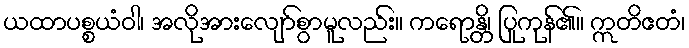
ယထာပစ္စယံဝါ၊ အလိုအားလျော်စွာမူလည်း။ ကရောန္တိ၊ ပြုကုန်၏။ ဣတိဧတံ၊